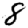
Digit: 8